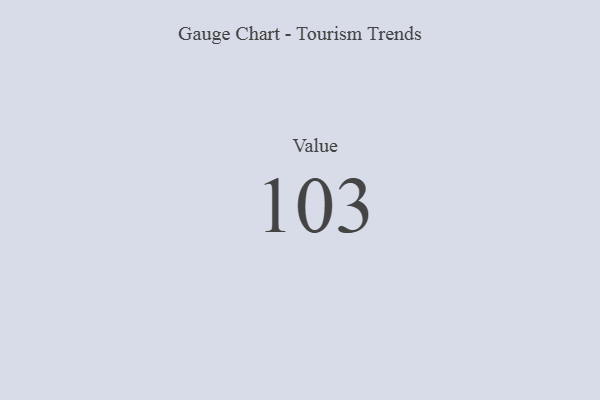
{"axis": {"x": "Metric", "y": "Value"}, "legend": [""], "data": [{"x": "Value", "y": 103, "type": ""}]}